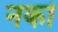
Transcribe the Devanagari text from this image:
नर्का